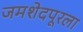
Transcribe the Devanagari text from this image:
जमशेदपूरला